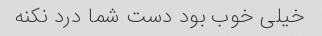
خیلی خوب بود دست شما درد نکنه